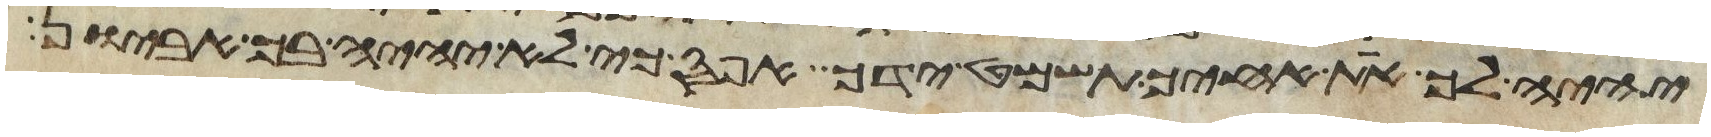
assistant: יהיה לך את אחיך תשמט ידך אפס כי לא יהיה בך אביון